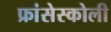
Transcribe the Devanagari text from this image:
फ्रांसेस्कोली